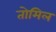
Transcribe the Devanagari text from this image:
तोमिल